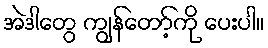
အဲဒါတွေ ကျွန်တော့်ကို ပေးပါ။